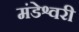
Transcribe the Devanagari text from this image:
मंडेश्वरी